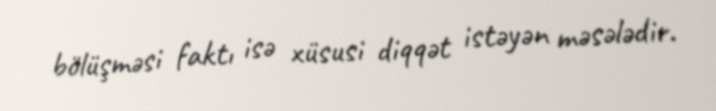
bölüşməsi faktı isə xüsusi diqqət istəyən məsələdir.